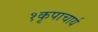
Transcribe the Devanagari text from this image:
१कृपाचार्य